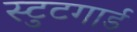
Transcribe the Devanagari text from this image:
स्टुटगार्ड